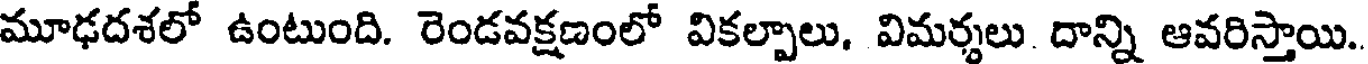
మూఢదశలో ఉంటుంది. రెండవక్షణంలో వికల్పాలు, విమర్శలు దాన్ని ఆవరిస్తాయి.